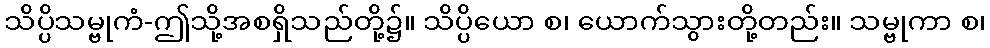
သိပ္ပိသမ္ဗုကံ-ဤသို့အစရှိသည်တို့၌။ သိပ္ပိယော စ၊ ယောက်သွားတို့တည်း။ သမ္ဗုကာ စ၊